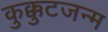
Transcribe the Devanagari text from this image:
कुक्कुटजन्म